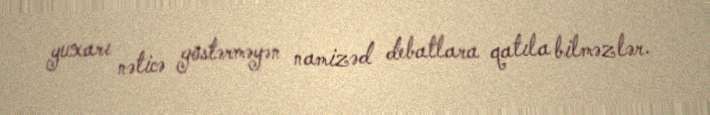
yuxarı nəticə göstərməyən namizəd debatlara qatıla bilməzlər.